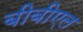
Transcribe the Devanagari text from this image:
बीबीएल